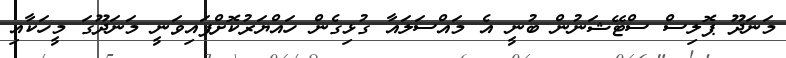
މަނަދޫ ޕޮލިސް ސްޓޭޝަނުން ބުނީ އެ މައްސަލައާ ގުޅިގެން ހައްޔަރުކޮށްފައިވަނީ މަނަދޫގަ މީހަކާއި